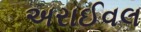
અરાઈવલ